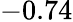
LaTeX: -0.74